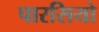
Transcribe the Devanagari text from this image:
पारसियो